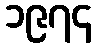
၁၉၇၄